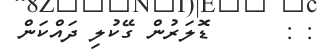
: :      ޑޮލަރުން ގޭކުލި ދައްކަން